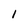
Character: l